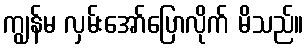
ကျွန်မ လှမ်းအော်ပြောလိုက် မိသည်။